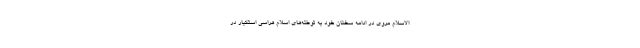
الاسلام مروی در ادامه سخنان خود به توطئه‌های اسلام هراسی استکبار در